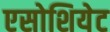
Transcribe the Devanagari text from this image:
एसोशियेट